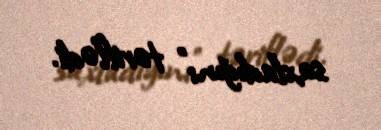
saxladığını" təriflədi.